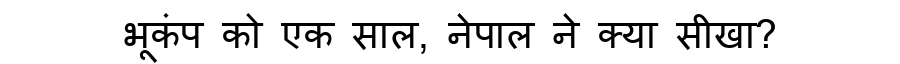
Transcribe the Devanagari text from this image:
भूकंप को एक साल, नेपाल ने क्या सीखा?